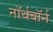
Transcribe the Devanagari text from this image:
नॉर्थबॉर्न